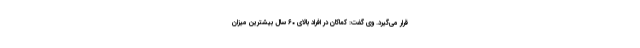
قرار می‌گیرد. وی گفت: کماکان در افراد بالای ۶۰ سال بیشترین میزان